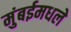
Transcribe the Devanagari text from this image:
मुंबईमधले